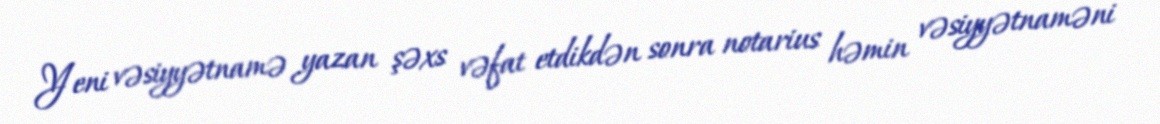
Yeni vəsiyyətnamə yazan şəxs vəfat etdikdən sonra notarius həmin vəsiyyətnaməni